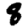
Digit: 8